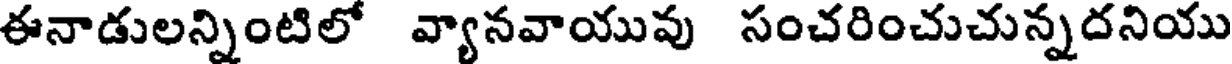
ఈనాడులన్నింటిలో వ్యానవాయువు సంచరించుచున్నదనియు